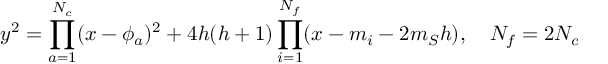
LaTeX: y ^ { 2 } = \prod _ { a = 1 } ^ { N _ { c } } ( x - \phi _ { a } ) ^ { 2 } + 4 h ( h + 1 ) \prod _ { i = 1 } ^ { N _ { f } } ( x - m _ { i } - 2 m _ { S } h ) , ~ ~ ~ N _ { f } = 2 N _ { c }